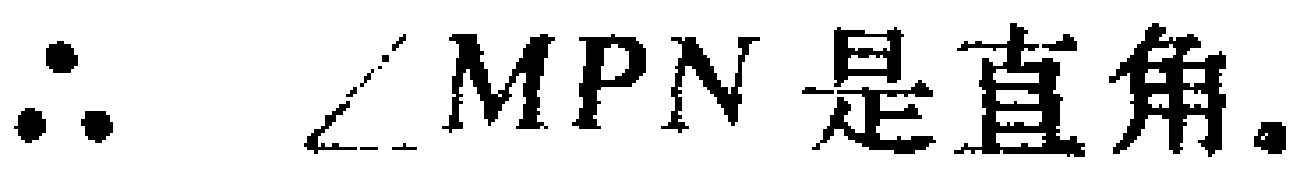
$\therefore \angle MPN\text{是直角.}$